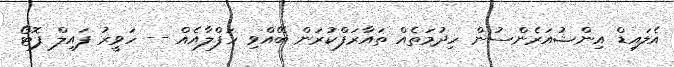
އެލައިޑް އިންޝުއަރެންސުން ހިދުމަތެއް ތައާރަފްކުރަން ބޭއްވި ހަފްލާއެއް -- ހަވީރު ފައިލް ފޮޓޯ